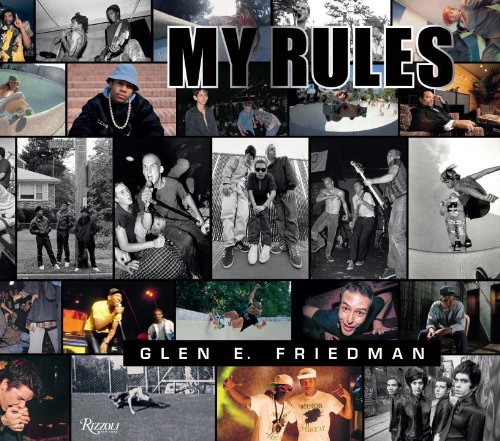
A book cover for Glen E. Friedman: My Rules; Arts & Photography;